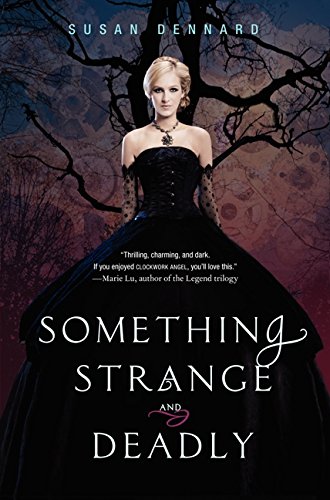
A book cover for Something Strange and Deadly (Something Strange and Deadly Trilogy); Susan Dennard; Teen & Young Adult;